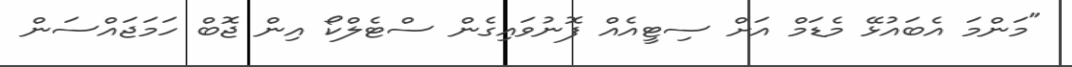
"މަންމަ އެބައުޅޭ މެޑަމް އަށް ސިޓީއެއް ފޮނުވައިގެން ސްޓެލްކޯ އިން ޖޮބް ހަމަޖައްސަން